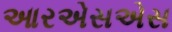
આરએસએસ